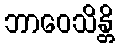
ဘာဝေသိန္တိ